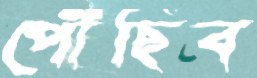
পৌঁছিব